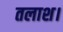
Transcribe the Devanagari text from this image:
तलाश।